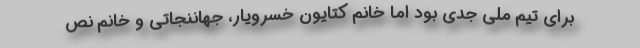
برای تیم ملی جدی بود اما خانم کتایون خسرویار، جهاننجاتی و خانم نص